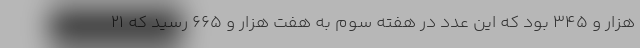
هزار و ۳۴۵ بود که این عدد در هفته سوم به هفت هزار و ۶۶۵ رسید که ۲۱